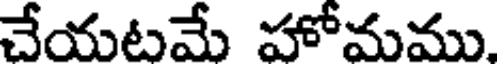
చేయటమే హోమము.